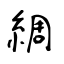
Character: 綢